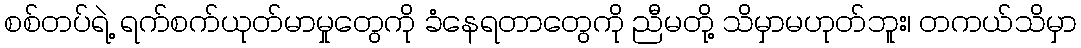
စစ်တပ်ရဲ့ ရက်စက်ယုတ်မာမှုတွေကို ခံနေရတာတွေကို ညီမတို့ သိမှာမဟုတ်ဘူး၊ တကယ်သိမှာ